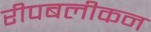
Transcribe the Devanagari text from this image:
रीपबलीकन